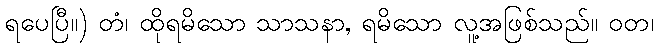
ရပေပြီ။) တံ၊ ထိုရမိသော သာသနာ, ရမိသော လူ့အဖြစ်သည်။ ဝတ၊